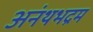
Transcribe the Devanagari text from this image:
अनंथभद्रम